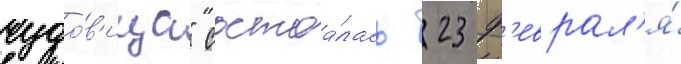
чудо́в'ища" состоа́лась 23 ф'еврал'я́